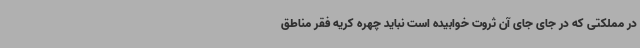
در مملکتی که در جای جای آن ثروت خوابیده است نباید چهره کریه فقر مناطق